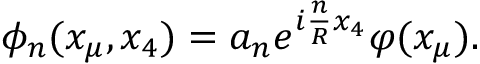
\phi _ { n } ( x _ { \mu } , x _ { 4 } ) = a _ { n } e ^ { i \frac { n } { R } x _ { 4 } } \varphi ( x _ { \mu } ) .